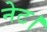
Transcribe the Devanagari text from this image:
नेट।